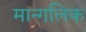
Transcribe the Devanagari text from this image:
मान्गलिक